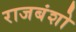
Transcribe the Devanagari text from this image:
राजबंशो